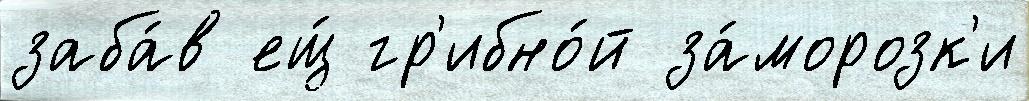
заба́в ещ́ гр'ибно́й за́морозк'и